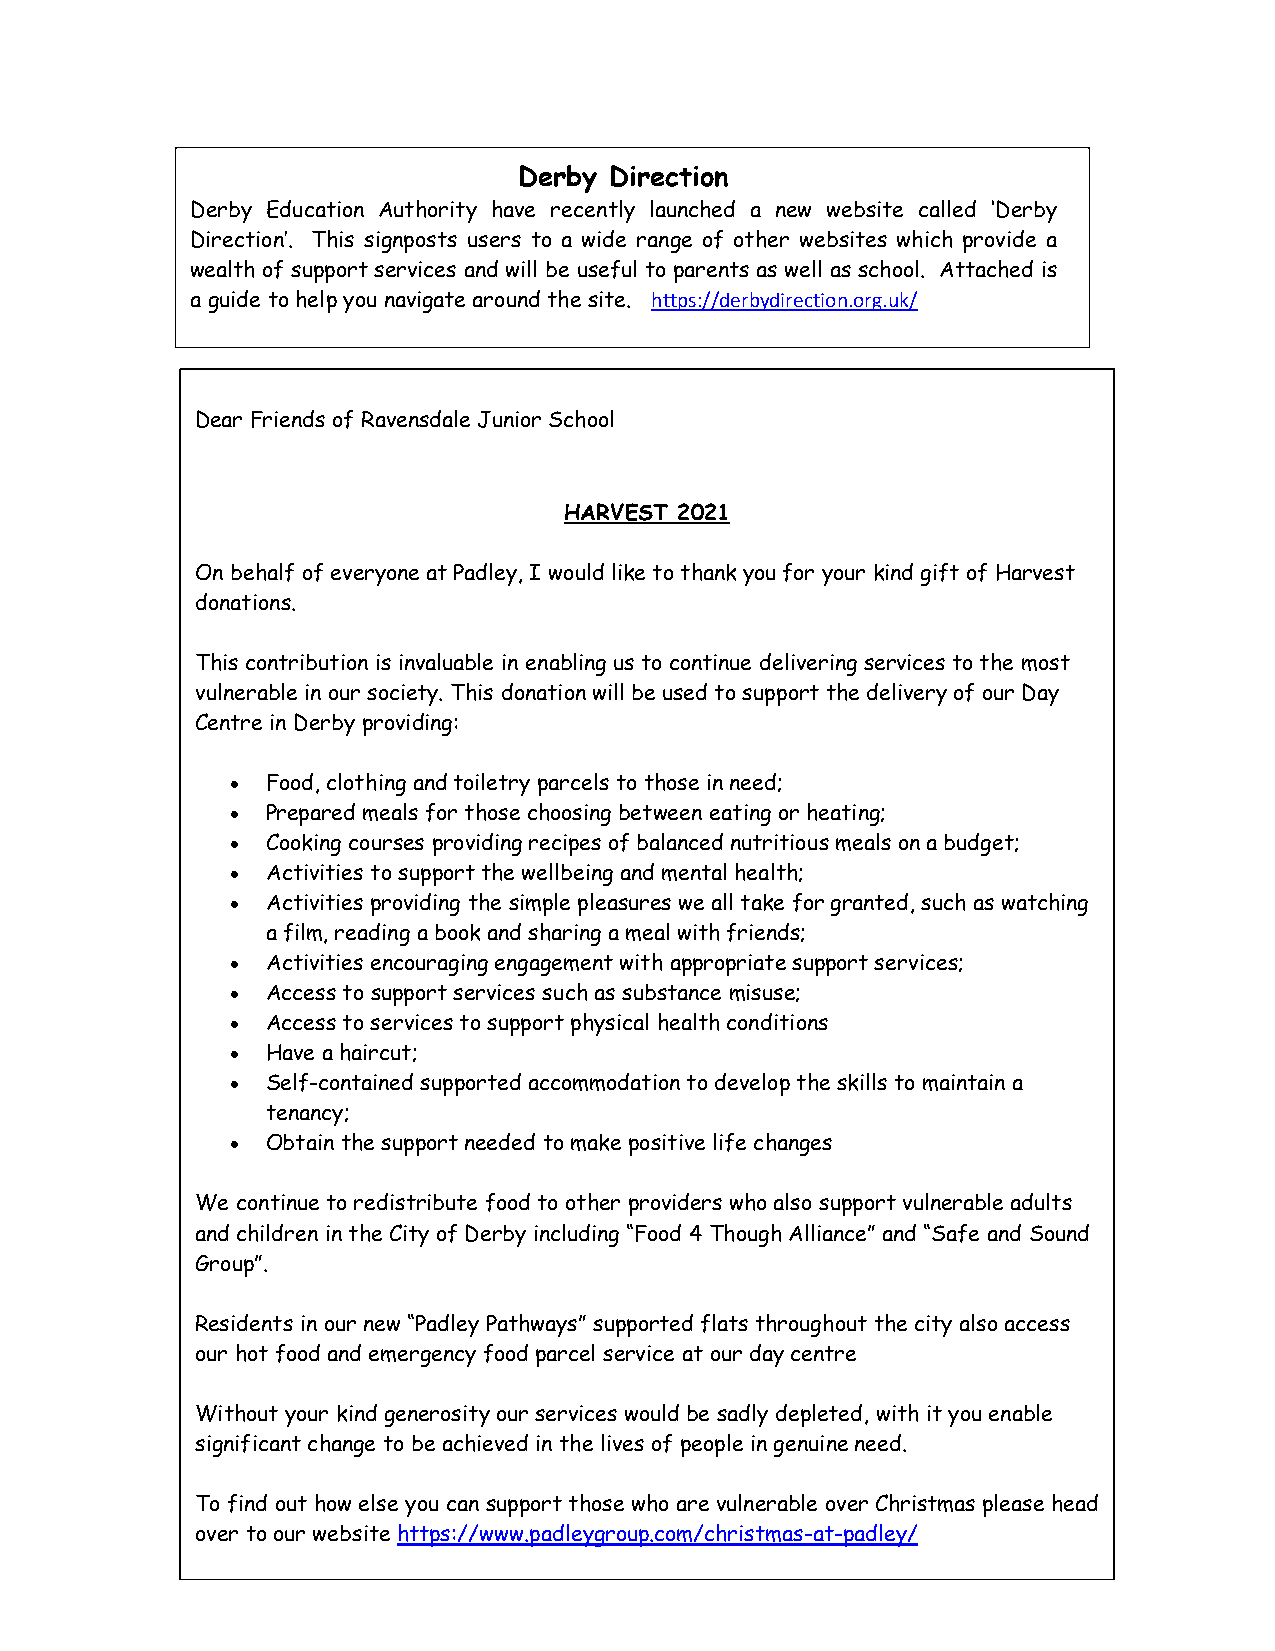
Derby Direction
 Derby Education Authority have recently launched a new website called ‘Derby
 Direction’. This signposts users to a wide range of other websites which provide a
 wealth of support services and will be useful to parents as well as school. Attached is
 a guide to help you navigate around the site. https://derbydirection.org.uk/
 Dear Friends of Ravensdale Junior School
 HARVEST 2021
 On behalf of everyone at Padley, I would like to thank you for your kind gift of Harvest
 donations.
 This contribution is invaluable in enabling us to continue delivering services to the most
 vulnerable in our society. This donation will be used to support the delivery of our Day
 Centre in Derby providing:
   Food, clothing and toiletry parcels to those in need;
   Prepared meals for those choosing between eating or heating;
   Cooking courses providing recipes of balanced nutritious meals on a budget;
   Activities to support the wellbeing and mental health;
   Activities providing the simple pleasures we all take for granted, such as watching
 a film, reading a book and sharing a meal with friends;
   Activities encouraging engagement with appropriate support services;
   Access to support services such as substance misuse;
   Access to services to support physical health conditions
   Have a haircut;
   Self-contained supported accommo dation to develop the skills to maintain a
 tenancy;
   Obtain the support needed to make positive life changes
 We continue to redistribute food to other providers who also support vulnerable adults
 and children in the City of Derby including “Food 4 Though Alliance” and “Safe and Sound
 Group”.
 Residents in our new “Padley Pathways” su pported flats throughout the city also access
 our hot food and emergency food parcel service at our day centre
 Without your kind generosity our services would be sadly depleted, with it you enable
 significant change to be achieved in the lives of people in genuine need.
 To find out how else you can support those who are vulnerable over Christmas please head
 over to our website https://www.padleygroup.com/christmas-at-padley/